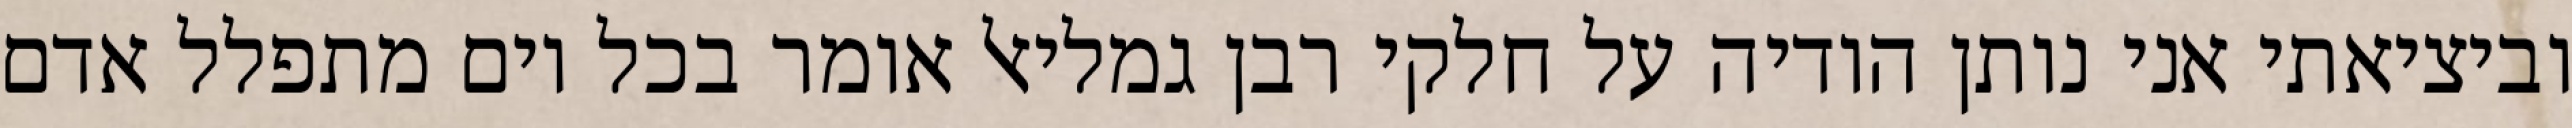
וביציאתי אני נותן הודיה על חלקי רבן גמליאל אומר בכל יום מתפלל אדם